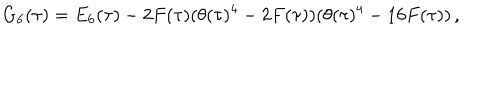
G _ { 6 } ( \tau ) = E _ { 6 } ( \tau ) - 2 F ( \tau ) ( \theta ( \tau ) ^ { 4 } - 2 F ( \tau ) ) ( \theta ( \tau ) ^ { 4 } - 1 6 F ( \tau ) ) \, ,